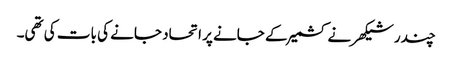
چندر شیکھر نے کشمیر کے جانے پر اتحاد جانے کی بات کی تھی۔